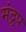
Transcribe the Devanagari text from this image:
मंद्रूप